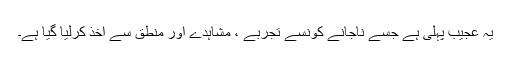
یہ عجیب پہلی ہے جسے ناجانے کونسے تجربے ، مشاہدے اور منطق سے اخذ کرلیا گیا ہے۔